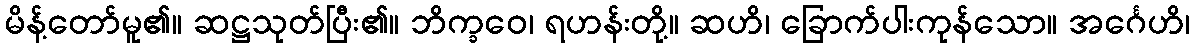
မိန့်တော်မူ၏။ ဆဋ္ဌသုတ်ပြီး၏။ ဘိက္ခဝေ၊ ရဟန်းတို့။ ဆဟိ၊ ခြောက်ပါးကုန်သော။ အင်္ဂေဟိ၊